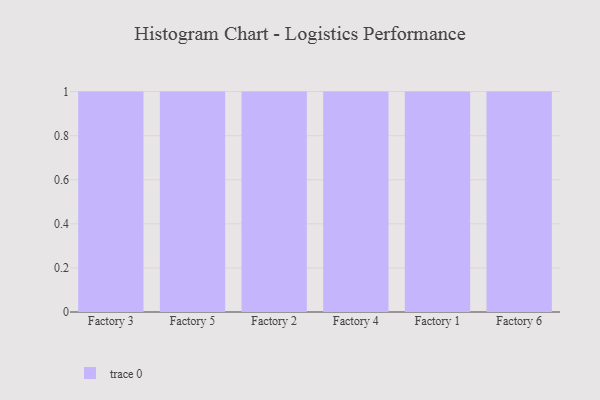
{"axis": {"x": "Factory", "y": "Humidity (%)"}, "legend": [""], "data": [{"x": "Factory 3", "y": 57, "type": ""}, {"x": "Factory 5", "y": 89, "type": ""}, {"x": "Factory 2", "y": 97, "type": ""}, {"x": "Factory 4", "y": 93, "type": ""}, {"x": "Factory 1", "y": 39, "type": ""}, {"x": "Factory 6", "y": 34, "type": ""}]}